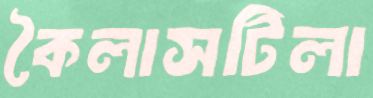
কৈলাসটিলা